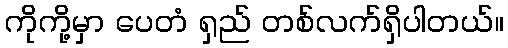
ကိုကို့မှာ ပေတံ ရှည် တစ်လက်ရှိပါတယ်။